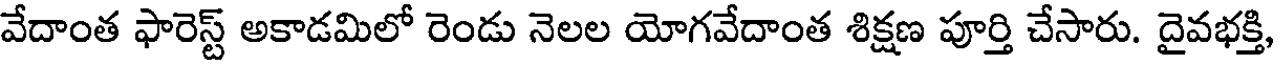
వేదాంత ఫారెస్ట్ అకాడమిలో రెండు నెలల యోగవేదాంత శిక్షణ పూర్తి చేసారు. దైవభక్తి